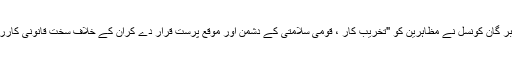
قبل ازیں ایران کی خبر گان کونسل نے مظاہرین کو "تخریب کار ، قومی سلامتی کے دشمن اور موقع پرست قرار دے کران کے خلاف سخت قانونی کارروائی پر زور دیا تھا۔